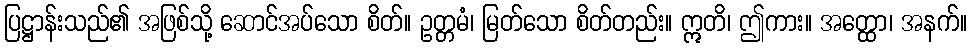
ပြဋ္ဌာန်းသည်၏ အဖြစ်သို့ ဆောင်အပ်သော စိတ်။ ဥတ္တမံ၊ မြတ်သော စိတ်တည်း။ ဣတိ၊ ဤကား။ အတ္ထော၊ အနက်။